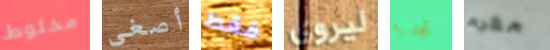
مخلوط أصغي فقط ليروي تجديه مغرم